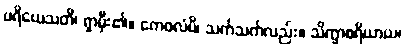
ပရိယေသတိ၊ ရှာမှီး၏။ ကေဝလံပိ၊ သက်သက်လည်း။ သိက္ခာစရိယာယ၊